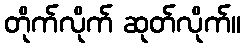
တိုက်လိုက် ဆုတ်လိုက်။